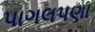
પાગલપણા